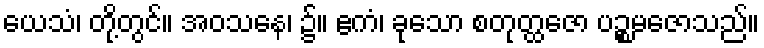
ယေသံ၊ တို့တွင်။ အဝသနေ၊ ၌။ ဧကံ၊ ခုသော စတုတ္ထဇော ပဉ္စမဇောသည်။